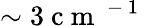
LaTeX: \sim 3\mathrm{~c~m~}^{\mathrm{~-~1~}}